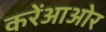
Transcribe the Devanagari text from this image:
करेंआओर